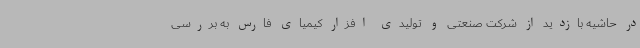
در حاشیه بازدید از شرکت صنعتی و تولیدی افزار کیمیای فارس به بررسی